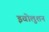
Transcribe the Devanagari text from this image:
इवोलुशन